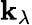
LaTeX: \mathbf{k}_{\lambda}